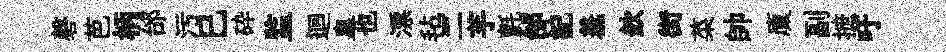
磬芭柄邰污巳砕监迴臯也漂毡二芋氈邰記羞欽街菜帥廩副摭吁